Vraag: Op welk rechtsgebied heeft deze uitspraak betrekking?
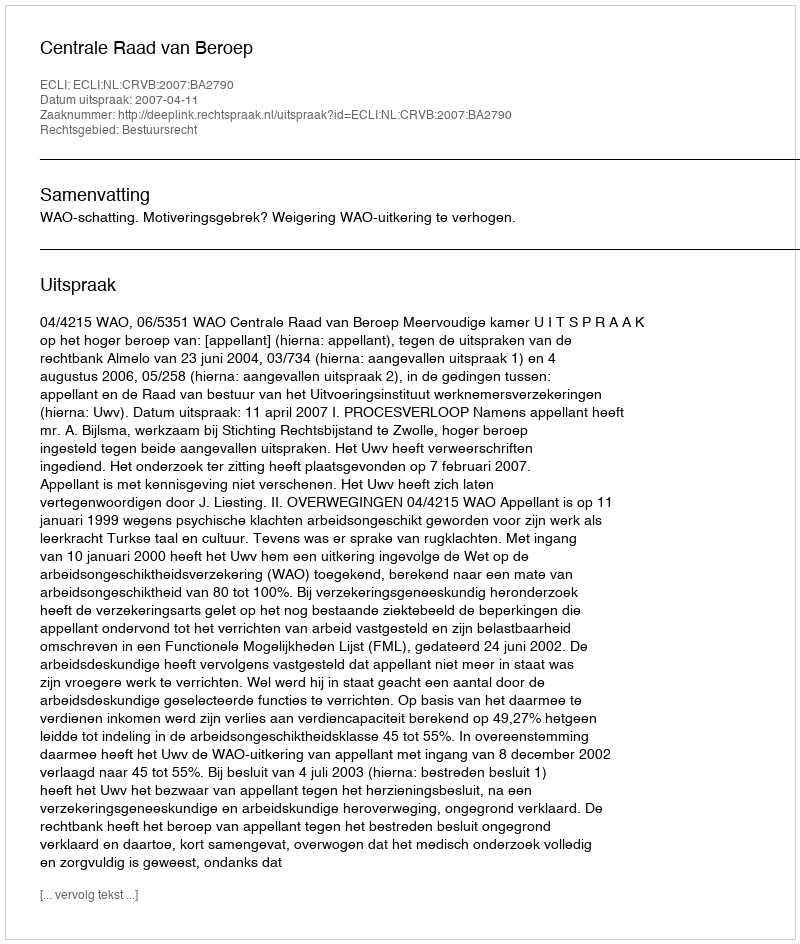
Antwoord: Bestuursrecht